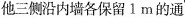
他三侧沿内墙各保留1m的通